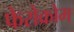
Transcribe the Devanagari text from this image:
फेरोक्रोम